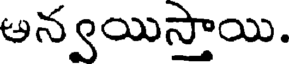
ఆన్వయిస్తాయి.